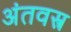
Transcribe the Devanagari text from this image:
अंतवस्त्र